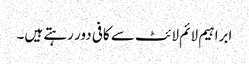
ابراہیم لائم لائٹ سے کافی دور رہتے ہیں۔